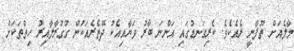
މާލެއަށް ތޫފާނީ ރެއެކެވެ. ކެރިގަނޑުގައި އަންނަ ބާރު ވަޔާއިއެކު ދޭތެރެއަކުން ގުގުރާލާއިރު ހިތްތަކަށް